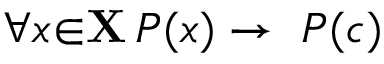
\forall { x } { \in } \mathbf { X } \, P ( x ) \to \ P ( c )